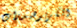
الكربوهيدرات